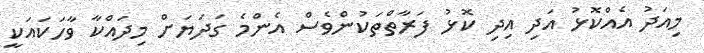
މިއަދު އެއްކޮޅު އަދި އިދި ކޮޅު ފަރާތްތަކުންވެސް އެންމެ ގަދަޔަށް މިދައްކާ ވާހަކައަކީ